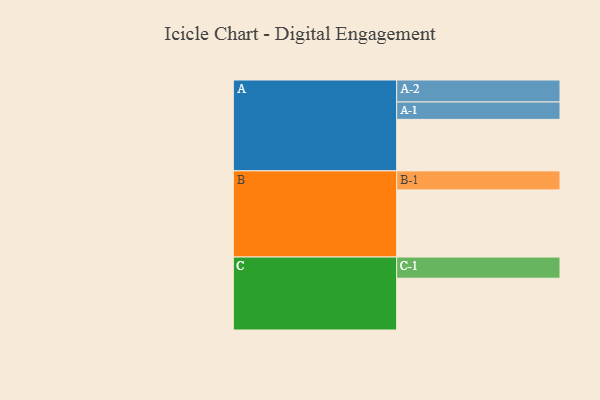
{"axis": {"x": "Segment", "y": "Value"}, "legend": ["", "A", "B", "C"], "data": [{"x": "A", "y": 382, "type": ""}, {"x": "B", "y": 498, "type": ""}, {"x": "C", "y": 384, "type": ""}, {"x": "A-1", "y": 129, "type": "A"}, {"x": "A-2", "y": 163, "type": "A"}, {"x": "B-1", "y": 141, "type": "B"}, {"x": "C-1", "y": 157, "type": "C"}]}